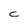
Character: C